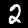
Label: 2